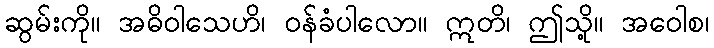
ဆွမ်းကို။ အဓိဝါသေဟိ၊ ဝန်ခံပါလော။ ဣတိ၊ ဤသို့။ အဝေါစ၊